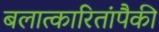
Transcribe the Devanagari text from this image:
बलात्‍कारितांपैकी